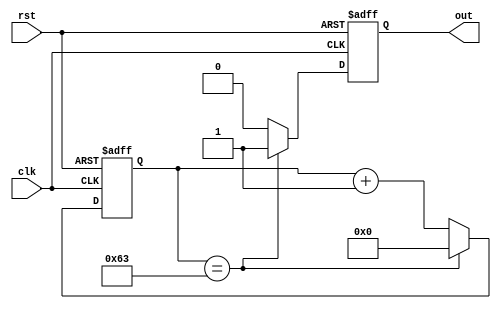
module periodic_timer (
    input wire clk,
    input wire rst,
    output reg out
);

parameter PERIOD = 100; // specify the desired period

reg [7:0] count; // counter for counting clock cycles

always @(posedge clk or posedge rst) begin
    if (rst) begin
        count <= 0;
        out <= 0;
    end else begin
        if (count == PERIOD - 1) begin
            count <= 0;
            out <= 1;
        end else begin
            count <= count + 1;
            out <= 0;
        end
    end
end

endmodule